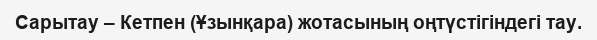
Сарытау – Кетпен (Ұзынқара) жотасының оңтүстігіндегі тау.